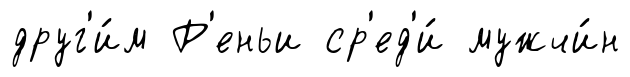
друг'и́м Р'еньи ср'ед'и́ мужчи́н